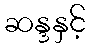
ဆန္ဒနှင့်